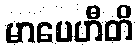
မာပေဟီတိ